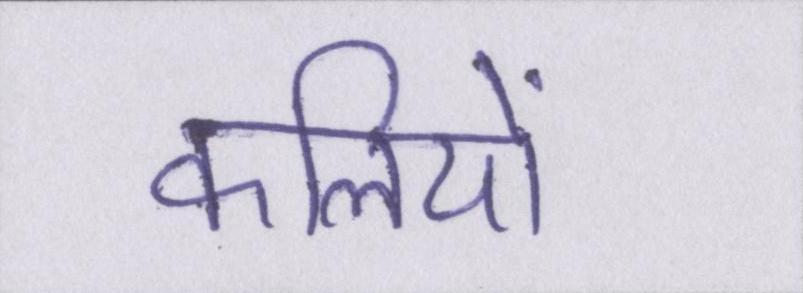
कलियों